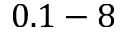
0 . 1 - 8